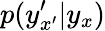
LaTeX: p(y_{x^{\prime}}^{\prime}\vert y_{x})